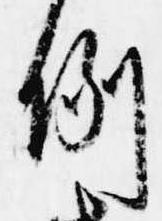
例